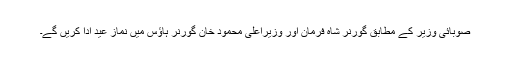
صوبائی وزیر کے مطابق گورنر شاہ فرمان اور وزیراعلی محمود خان گورنر ہاؤس میں نماز عید ادا کریں گے۔